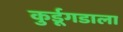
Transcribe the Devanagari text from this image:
कुर्डूगडाला